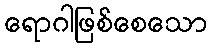
ရောဂါဖြစ်စေသော